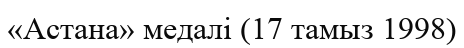
«Астана» медалі (17 тамыз 1998)